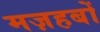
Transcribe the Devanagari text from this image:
मज़हबों